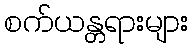
စက်ယန္တရားများ